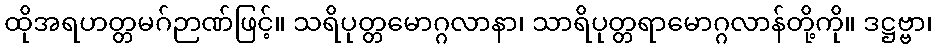
ထိုအရဟတ္တမဂ်ဉာဏ်ဖြင့်။ သရိပုတ္တမောဂ္ဂလာနာ၊ သာရိပုတ္တရာမောဂ္ဂလာန်တို့ကို။ ဒဋ္ဌဗ္ဗာ၊